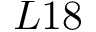
L 1 8